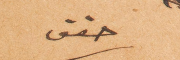
حقق